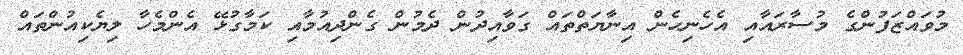
މުވައްޒަފުންގެ މުސާރައާއި އެހެނިހެން އިނާޔަތްތައް ގަވާއިދުން ދެމުން ގެންދިއުމާއި ކަމާގުޅޭ އެންމެހާ ލިޔެކިއުންތައް